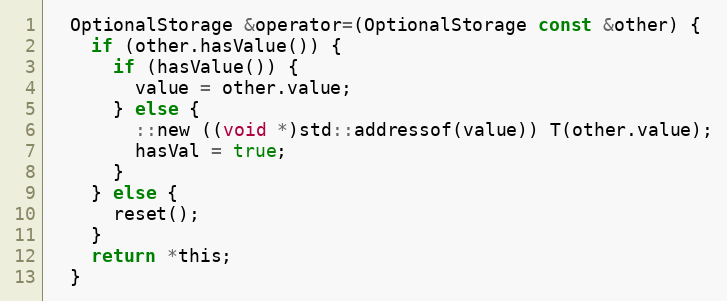
Language: C
  OptionalStorage &operator=(OptionalStorage const &other) {
    if (other.hasValue()) {
      if (hasValue()) {
        value = other.value;
      } else {
        ::new ((void *)std::addressof(value)) T(other.value);
        hasVal = true;
      }
    } else {
      reset();
    }
    return *this;
  }